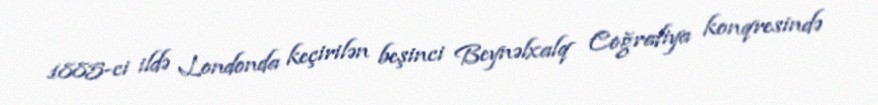
1885-ci ildə Londonda keçirilən beşinci Beynəlxalq Coğrafiya konqresində